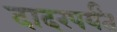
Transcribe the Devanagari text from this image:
दादरपर्यंत